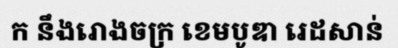
ក នឹងរោងចក្រ ខេមបូឌា រេដសាន់